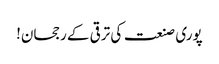
پوری صنعت کی ترقی کے رجحان!